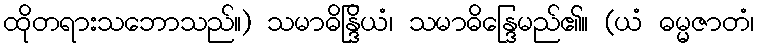
ထိုတရားသဘောသည်။) သမာဓိန္ဒြိယံ၊ သမာဓိန္ဒြေမည်၏။ (ယံ ဓမ္မဇာတံ၊